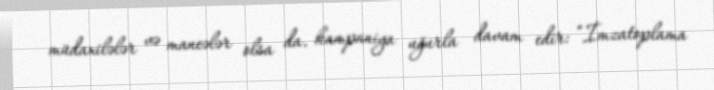
müdaxilələr və maneələr olsa da, kampaniya uğurla davam edir: “İmzatoplama